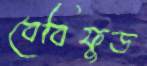
বেবিফুড